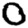
Digit: 0